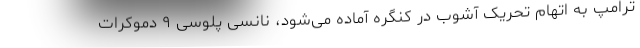
ترامپ به اتهام تحریک آشوب در کنگره آماده می‌شود، نانسی پلوسی ۹ دموکرات